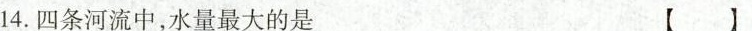
14.四条河流中，水量最大的是[ ]